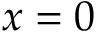
x = 0